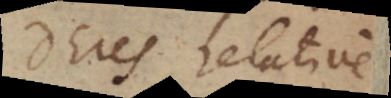
Deus relative